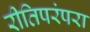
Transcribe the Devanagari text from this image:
रीतिपरंपरा